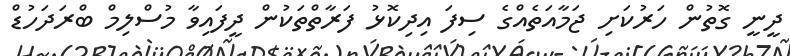
ދީނީ ގޮތުން ހަރުކަށި ޖަމާއަތެއްގެ ސިފަ އިދިކޮޅު ފަރާތްތަކުން ދީފައިވާ މުސްލިމް ބްރަދަހުޑް